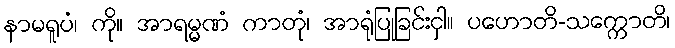
နာမရူပံ၊ ကို။ အာရမ္မဏံ ကာတုံ၊ အာရုံပြုခြင်းငှါ။ ပဟောတိ-သက္ကောတိ၊